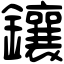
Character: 鑲